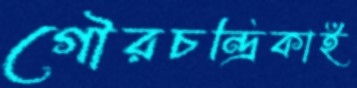
গৌরচন্দ্রিকাই